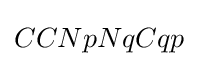
CCNpNqCqp